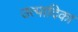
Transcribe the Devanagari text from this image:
उत्पादिका